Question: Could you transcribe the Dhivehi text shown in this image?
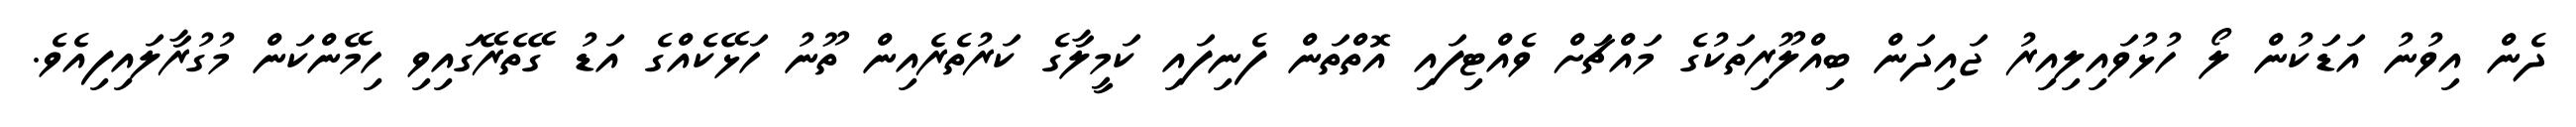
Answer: ދެން އިވުނު އަޑަކުން ލޯ ހުޅުވައިލިއިރު ޖައިދަން ބިއްލޫރިތަކުގެ މައްޗަށް ވެއްޓިފައި އޮތްތަން ފެނިފައި ކަމީލާގެ ކަރުތެރެއިން ތޫނު ހަޅޭކެއްގެ އަޑު ގޭތެރޭގައިވި ހިމޭންކަން މުގުރާލައިފިއެވެ.